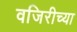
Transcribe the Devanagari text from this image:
वजिरीच्या